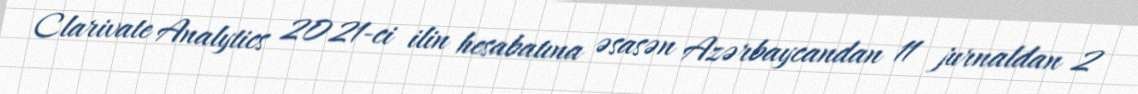
Clarivate Analytics 2021-ci ilin hesabatına əsasən Azərbaycandan 11 jurnaldan 2